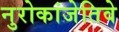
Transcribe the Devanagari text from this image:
नुरोकांजेतिवे